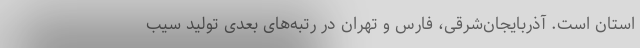
استان است. آذربایجان‌شرقی، فارس و تهران در رتبه‌های بعدی تولید سیب